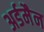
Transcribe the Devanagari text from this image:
अर्डमैन